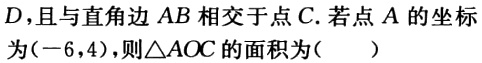
$D,且与直角边\ AB\ 相交于点\ C.若点\ A\ 的坐标为(-6,4),则\triangle AOC\ 的面积为(  )$